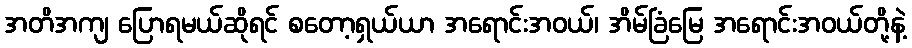
အတိအကျ ပြောရမယ်ဆိုရင် စတော့ရှယ်ယာ အရောင်းအဝယ်၊ အိမ်ခြံမြေ အရောင်းအဝယ်တို့နဲ့